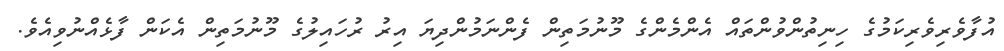
އުފާވެރިވެރިކަމުގެ ހިނިތުންވުންތައް އެންމެންގެ މޫނުމަތިން ފެންނަމުންދިޔަ އިރު ރުހައިލުގެ މޫނުމަތިން އެކަން ފާޅެއްނުވިއެވެ.